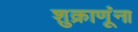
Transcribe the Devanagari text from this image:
शुक्राणूंना